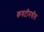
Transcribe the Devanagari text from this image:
कवटीमधील